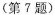
（第7题）